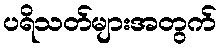
ပရိသတ်များအတွက်